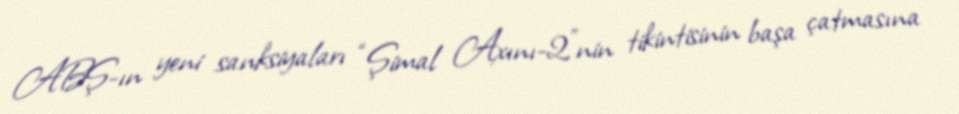
ABŞ-ın yeni sanksiyaları “Şimal Axını-2”nin tikintisinin başa çatmasına